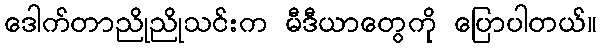
ဒေါက်တာညိုညိုသင်းက မီဒီယာတွေကို ပြောပါတယ်။